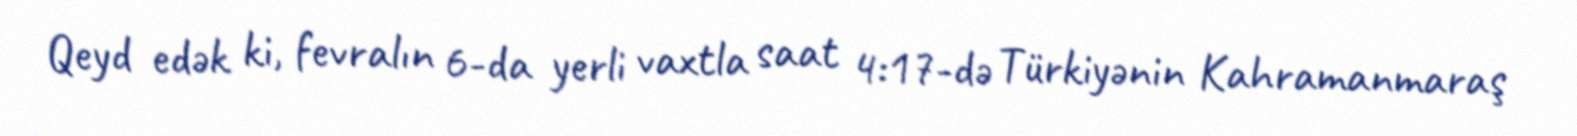
Qeyd edək ki, fevralın 6-da yerli vaxtla saat 4:17-də Türkiyənin Kahramanmaraş